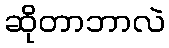
ဆိုတာဘာလဲ